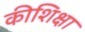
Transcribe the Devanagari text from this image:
कीशिक्षा